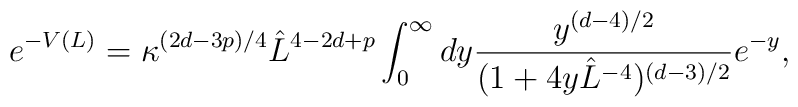
e^{-V(L)} =  \kappa^{(2d-3p)/4} \hat  L^{4- 2d +p}   \int_0^\infty dy  {y^{(d-4)/2}\over (1+ 4y \hat L^{-4} )^{(d-3)/2}} e^{-y} ,